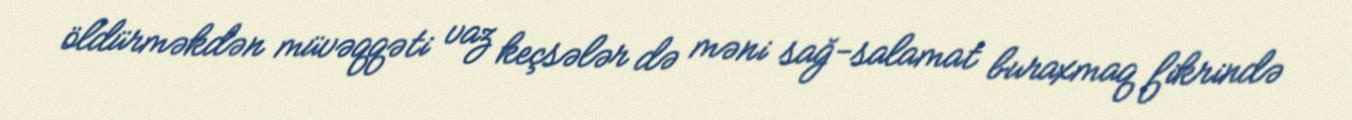
öldürməkdən müvəqqəti vaz keçsələr də məni sağ-salamat buraxmaq fikrində